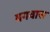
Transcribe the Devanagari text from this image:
बगवास